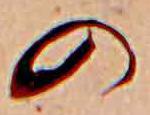
の